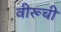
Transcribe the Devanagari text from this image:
वीरूची